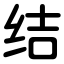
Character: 结